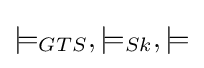
\models _{GTS},\models _{Sk},\models